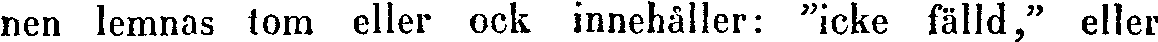
nen lemnas tom eller ock innehåller: "icke fälld," eller